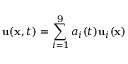
\mathbf { u } ( \mathbf { x } , t ) = \sum _ { i = 1 } ^ { 9 } a _ { i } ( t ) \mathbf { u } _ { i } ( \mathbf { x } )